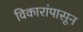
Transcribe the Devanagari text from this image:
विकारांपासून